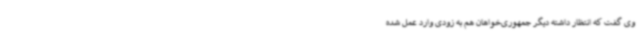
وی گفت که انتظار داشته دیگر جمهوری‌خواهان هم به زودی وارد عمل شده